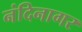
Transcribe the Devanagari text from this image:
नंदिनागर